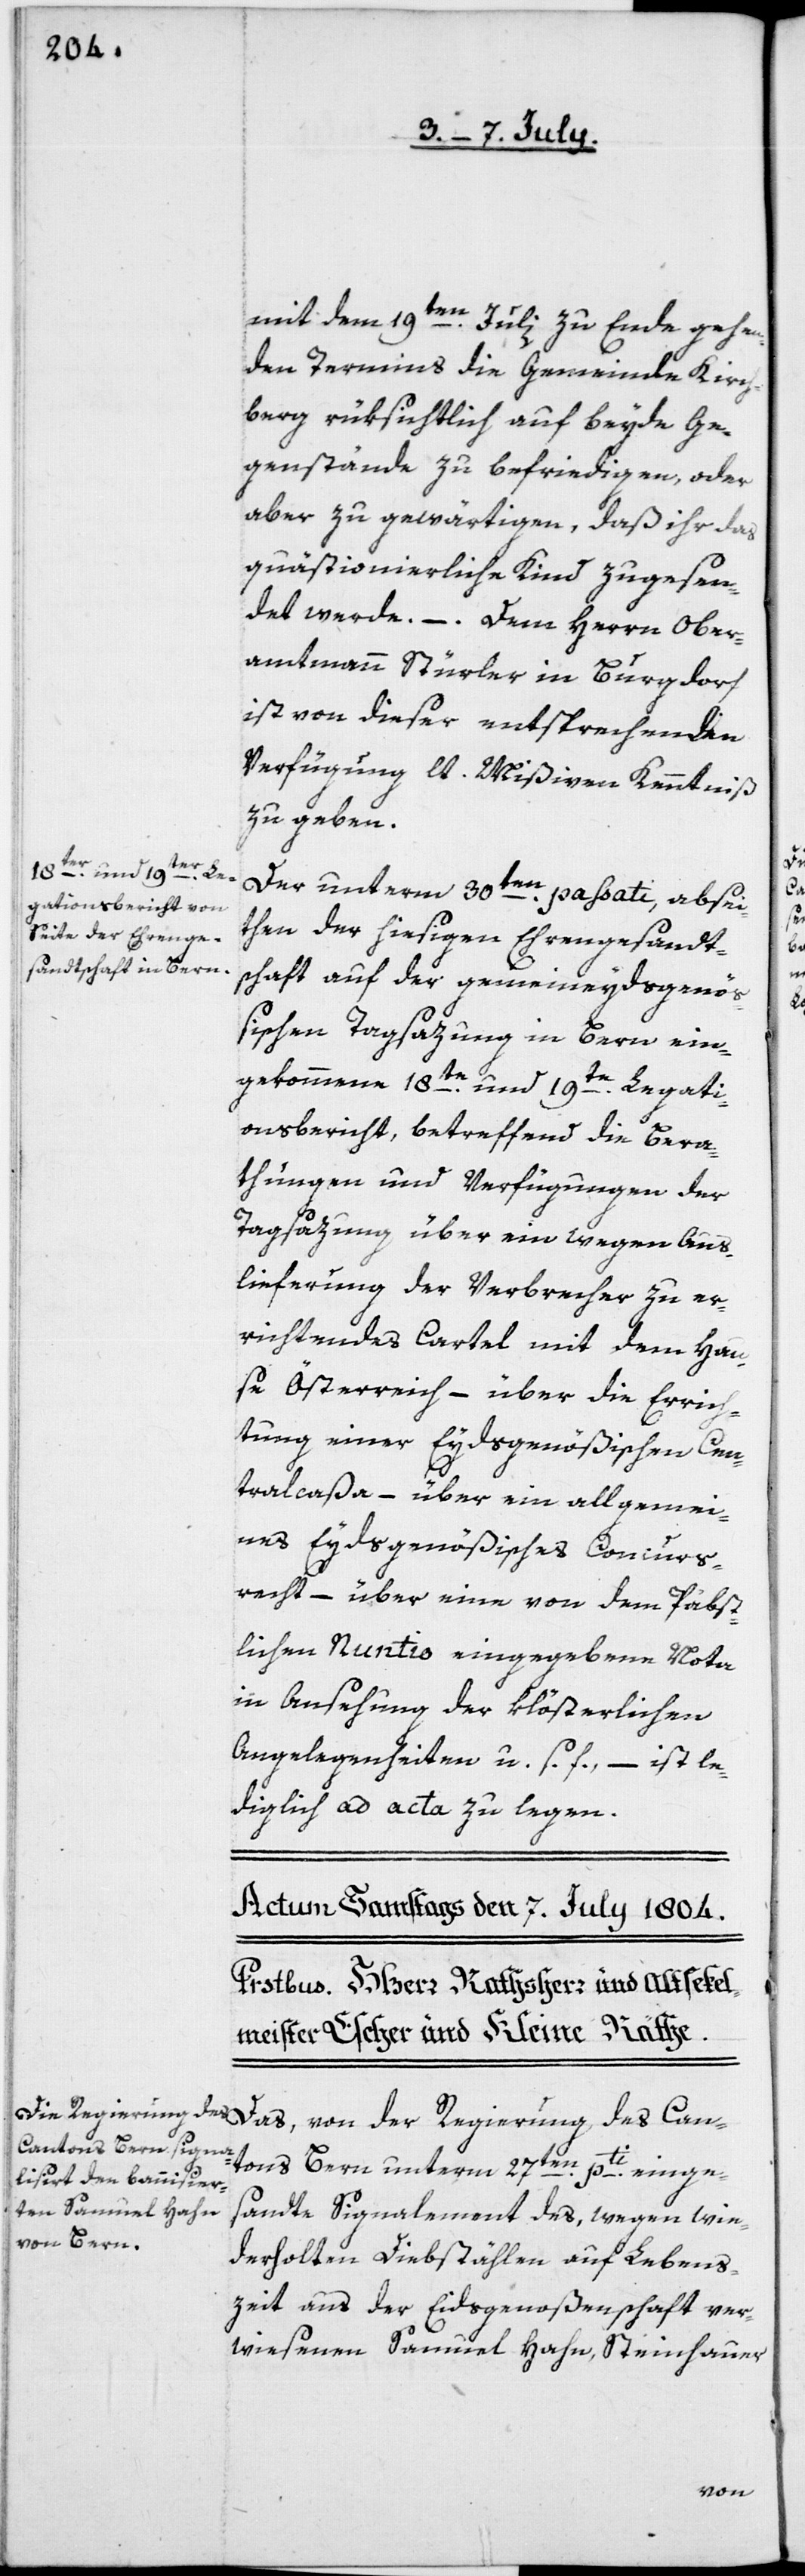
mit dem 19ten Julii zu Ende gehen¬
den Termins die Gemeinde Kirch¬
berg rüksichtlich auf beyde Ge¬
genstände zu befriedigen, oder
aber zu gewärtigen, daß ihr das
quästionierliche Kind zugesen¬
det werde. – Dem Herrn Ober¬
amtmann Stürler in Burgdorf
ist von dieser entsprechenden
Verfügung lt. Mißiven Kenntniß
zu geben.
Der unterm 30ten passati, absei¬
ten der hiesigen Ehrengesandt¬
schaft auf der gemeineydsgenö¬
ßischen Tagsazung in Bern ein¬
gekommene 18te und 19te Legati¬
onsbericht, betreffend die Bera¬
thungen und Verfügungen der
Tagsazung über ein wegen Aus¬
lieferung der Verbrecher zu er¬
richtendes Cartel mit dem Hau¬
se Österreich, – über die Errich¬
tung einer Eydsgenößischen Cen¬
tralcaßa, – über ein allgemei¬
nes Eydsgenößisches Concurs¬
recht, – über eine von dem Päpst¬
lichen Nuntio eingegebene Nota
in Ansehung der klösterlichen
Angelegenheiten u. s. f., – ist le¬
diglich ad acta zu legen.
tons Bern unterm 27ten pti einge¬
sandte Signalement des, wegen wie¬
derholten Diebstählen auf Lebens¬
zeit aus der Eidsgenoßenschaft ver¬
wiesenen Samuel Hahn, Steinhauer
Can¬